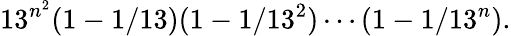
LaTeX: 13^{n^{2}}(1-1/13)(1-1/13^{2})\cdots(1-1/13^{n}).